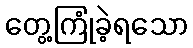
တွေ့ကြုံခဲ့ရသော